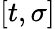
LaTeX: [t,\sigma]